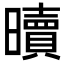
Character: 𣋺